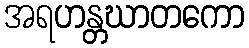
အရဟန္တဃာတကော